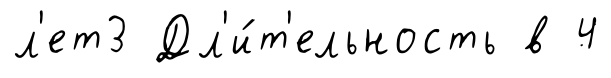
л'ет3 Дл'и́т'ельность в 4